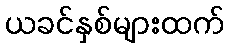
ယခင်နှစ်များထက်